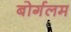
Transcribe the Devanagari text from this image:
बोर्गलम